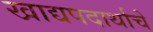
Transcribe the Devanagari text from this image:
खाद्यपदार्थाचे